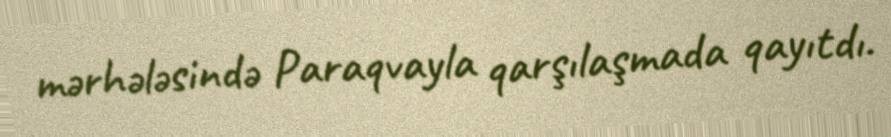
mərhələsində Paraqvayla qarşılaşmada qayıtdı.